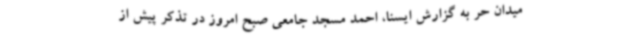
میدان حر به گزارش ایسنا، احمد مسجد جامعی صبح امروز در تذکر پیش از